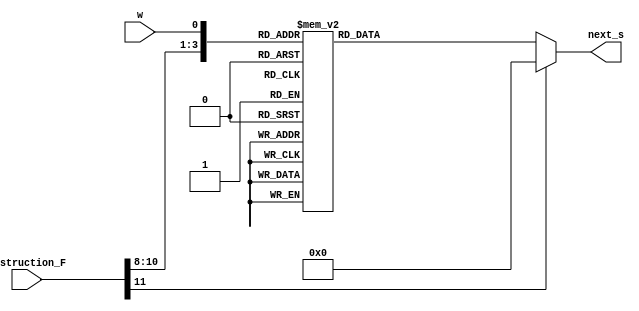
module FSM_next_state(instruction_F,w, next_s);
	input[11:0] instruction_F;
	input w;
	output reg[3:0] next_s;
	wire[3:0] temp_in;
	wire [4:0] temp;
	
	assign temp_in = instruction_F[11:8];
	
	assign temp = {temp_in,w};
	
	always @ (temp) begin
		case (temp)
		5'b00000 : begin next_s <= 4'b0000; end
		5'b00001 : begin next_s <= 4'b0000; end
		5'b00010 : begin next_s <= 4'b0000; end
		5'b00011 : begin next_s <= 4'b0001; end
		5'b00100 : begin next_s <= 4'b0000; end
		5'b00101 : begin next_s <= 4'b0010; end
		5'b00110 : begin next_s <= 4'b0000; end
		5'b00111 : begin next_s <= 4'b0011; end
		5'b01000 : begin next_s <= 4'b0000; end
		5'b01001 : begin next_s <= 4'b0100; end
		default : begin next_s <= 4'b0000; end
		endcase
	end
				
endmodule